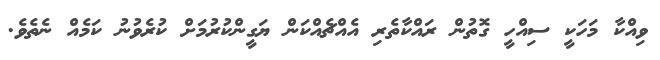
ވިއްކާ މަހަކީ ސިއްހީ ގޮތުން ރައްކާތެރި އެއްޗެއްކަން ޔަގީންކުރުމަށް ކުރެވުނު ކަމެއް ނެތެވެ.